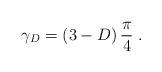
LaTeX: \begin{align*}\gamma_{{D}}= \left( 3-D \right) \frac{\pi}{4}\; .\end{align*}